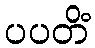
ပပတိံ